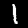
Label: 1